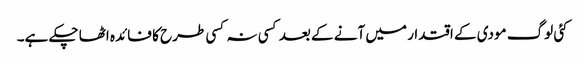
کئی لوگ مودی کے اقتدار میں آنے کے بعد کسی نہ کسی طرح کا فائدہ اٹھا چکے ہے۔